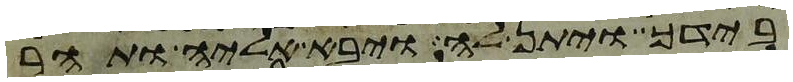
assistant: בידך ויתן לה ויבא אליה ותהר